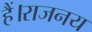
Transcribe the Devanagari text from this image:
हैं।राजनय